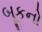
બૂકનો